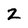
Character: 2